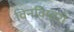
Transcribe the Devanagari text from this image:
विनविषारी